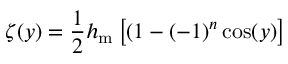
\zeta ( y ) = \frac { 1 } { 2 } h _ { \mathrm { m } } \left[ ( 1 - ( - 1 ) ^ { n } \cos ( y ) \right]